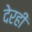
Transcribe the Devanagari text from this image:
देरही